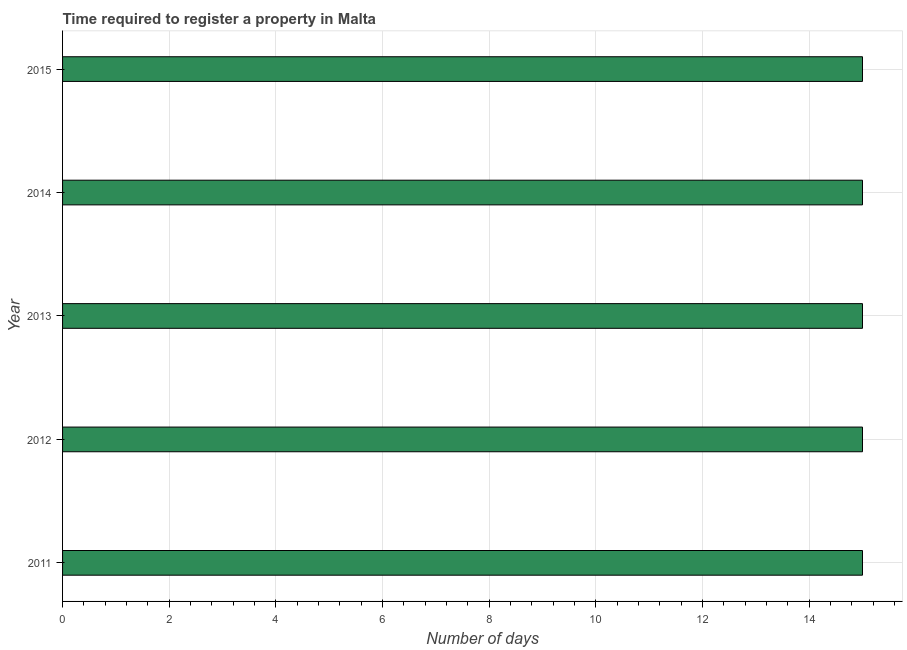
| Year | Register property |
 | --- | --- |
 | 2011 | 15 |
 | 2012 | 15 |
 | 2013 | 15 |
 | 2014 | 15 |
 | 2015 | 15 |